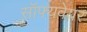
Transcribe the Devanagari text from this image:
सॉफ्यवेयर